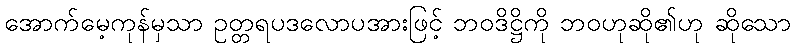
အောက်မေ့ကုန်မှသာ ဥတ္တရပဒလောပအားဖြင့် ဘဝဒိဋ္ဌိကို ဘဝဟုဆို၏ဟု ဆိုသော